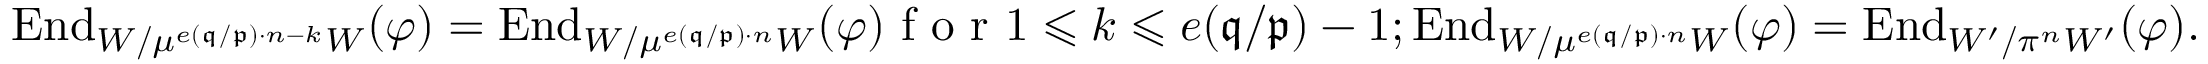
\mathrm { E n d } _ { W / \mu ^ { e ( \mathfrak { q } / \mathfrak { p } ) \cdot n - k } W } ( \varphi ) = \mathrm { E n d } _ { W / \mu ^ { e ( \mathfrak { q } / \mathfrak { p } ) \cdot n } W } ( \varphi ) \textrm { f o r } 1 \leqslant k \leqslant e ( \mathfrak { q } / \mathfrak { p } ) - 1 ; \mathrm { E n d } _ { W / \mu ^ { e ( \mathfrak { q } / \mathfrak { p } ) \cdot n } W } ( \varphi ) = \mathrm { E n d } _ { W ^ { \prime } / \pi ^ { n } W ^ { \prime } } ( \varphi ) .